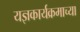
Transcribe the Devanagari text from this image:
यज्ञकार्यक्रमाच्या